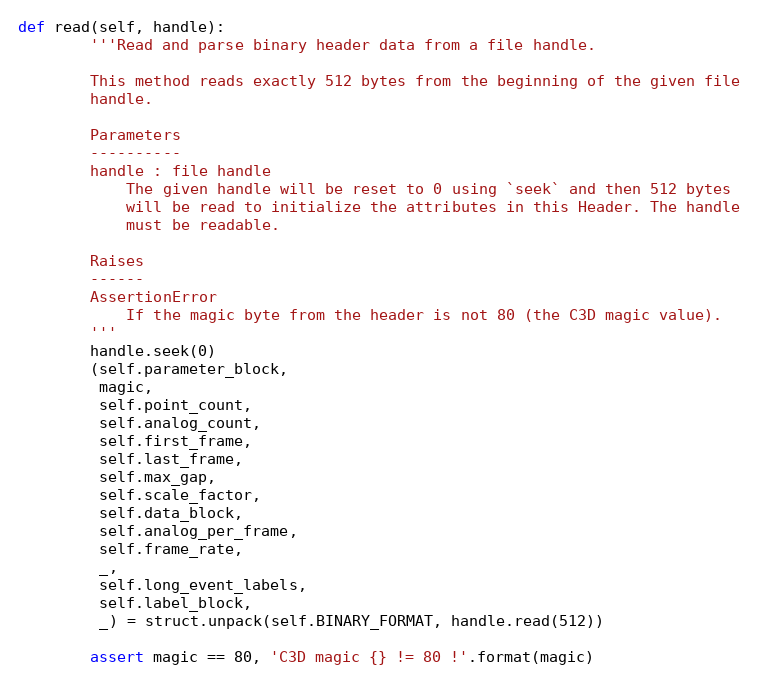
Language: Python
def read(self, handle):
        '''Read and parse binary header data from a file handle.

        This method reads exactly 512 bytes from the beginning of the given file
        handle.

        Parameters
        ----------
        handle : file handle
            The given handle will be reset to 0 using `seek` and then 512 bytes
            will be read to initialize the attributes in this Header. The handle
            must be readable.

        Raises
        ------
        AssertionError
            If the magic byte from the header is not 80 (the C3D magic value).
        '''
        handle.seek(0)
        (self.parameter_block,
         magic,
         self.point_count,
         self.analog_count,
         self.first_frame,
         self.last_frame,
         self.max_gap,
         self.scale_factor,
         self.data_block,
         self.analog_per_frame,
         self.frame_rate,
         _,
         self.long_event_labels,
         self.label_block,
         _) = struct.unpack(self.BINARY_FORMAT, handle.read(512))

        assert magic == 80, 'C3D magic {} != 80 !'.format(magic)